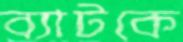
ব্যাটকে